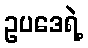
ဥပဒေရဲ့